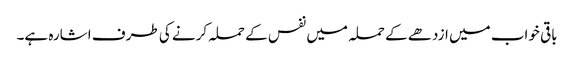
باقی خواب میں ازدھے کے حملہ میں نفس کے حملہ کرنے کی طرف اشارہ ہے۔